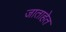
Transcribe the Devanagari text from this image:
जाताहेत